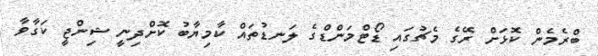
ބްރެމެން ކޮޅަށް ރޭގެ މެޗުގައި ޑޯޓްމަންޑްގެ ލަނޑުތައް ކާމިޔާބު ކޮށްދިނީ ޝިންޖީ ކަގާވާ